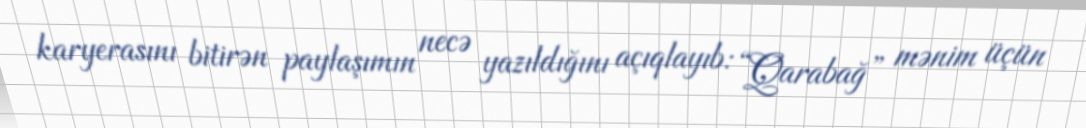
karyerasını bitirən paylaşımın necə yazıldığını açıqlayıb: “Qarabağ” mənim üçün